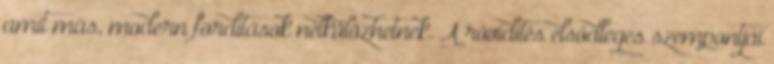
amit más, modern fordítások nélkülözhetnek. A rövidítés elsődleges szempontjai